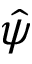
\hat { \psi }